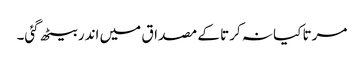
مرتا کیا نہ کرتا کے مصداق میں اندر بیٹھ گئی۔